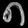
Digit: ၈